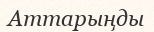
Аттарыңды